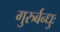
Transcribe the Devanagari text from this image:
गुरुर्बन्धुः